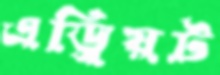
এড্রিয়ট